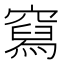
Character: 𰩛